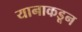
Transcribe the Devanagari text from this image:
यानाकडून